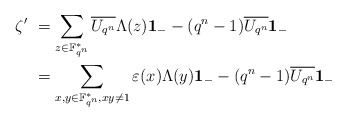
\begin{align*}\zeta' &\ =\sum_{z\in \mathbb{F}^*_{q^n}}\overline{U_{q^n}} \Lambda(z){\bf 1}_{-} - (q^n-1) \overline{U_{q^n}}{\bf 1}_{-}\\&\ =\sum_{x,y\in \mathbb{F}^*_{q^n}, xy\ne 1} \varepsilon(x)\Lambda(y) {\bf 1}_{-} -(q^n-1) \overline{U_{q^n}}{\bf 1}_{-}\end{align*}